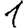
Digit: 1